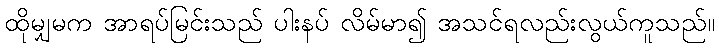
ထိုမျှမက အာရပ်မြင်းသည် ပါးနပ် လိမ်မာ၍ အသင်ရလည်းလွယ်ကူသည်။